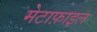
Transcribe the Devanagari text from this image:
मेटाफ़ाइल